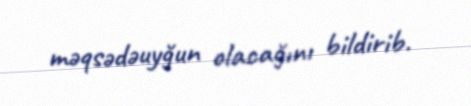
məqsədəuyğun olacağını bildirib.